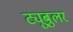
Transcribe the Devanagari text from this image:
ट्युबुलर